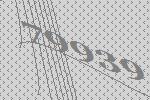
79939